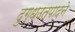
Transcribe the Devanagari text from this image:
दुग्धउत्पादने